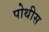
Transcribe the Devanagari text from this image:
पोथीस